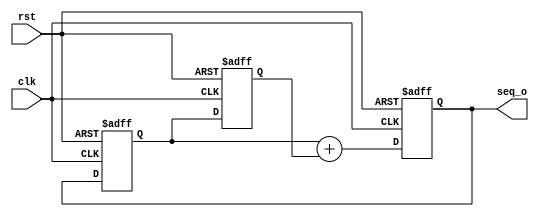
`timescale 1ns / 1ps


module sequence_gen(
    input clk,
    input rst,
    output [15:0]seq_o
    );
    
    reg [15:0]seq0;
    reg [15:0]seq1;
    reg[15:0] seq2;
    

    initial begin
    seq0=0;
    seq1=1;
    seq2=1;
    end
    
    always@(posedge clk or posedge rst)begin
        if(rst==1)begin
        seq0=0;
        seq1=1;
        seq2=1;  
        end
         else begin
         seq1<=seq2;
         seq0<=seq1;
         seq2=seq1+seq0;
         end         
    end
    assign seq_o=seq2;
endmodule